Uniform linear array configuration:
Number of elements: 64
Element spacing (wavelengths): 0.5
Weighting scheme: uniform
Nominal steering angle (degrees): -60
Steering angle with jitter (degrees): -60.403
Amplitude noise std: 0.05
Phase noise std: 0.05

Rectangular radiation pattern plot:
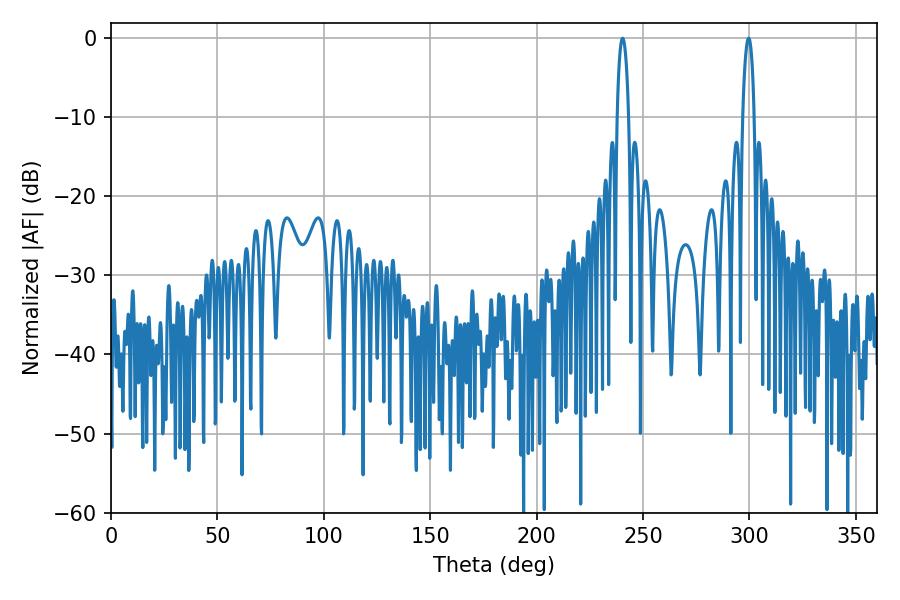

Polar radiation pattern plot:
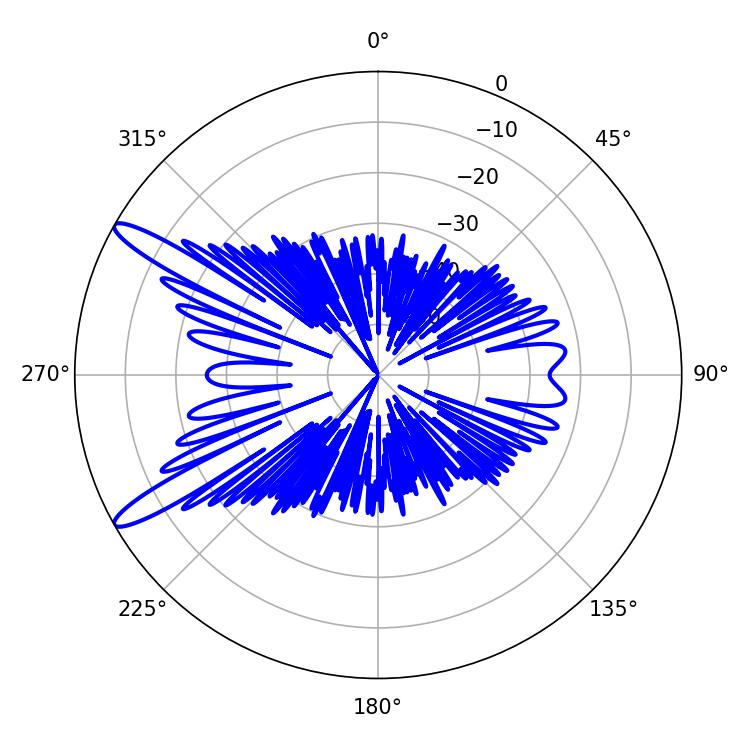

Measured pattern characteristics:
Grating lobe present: FALSE
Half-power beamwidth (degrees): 3.06
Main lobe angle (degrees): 240.48